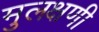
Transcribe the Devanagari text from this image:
मुलक्षणी